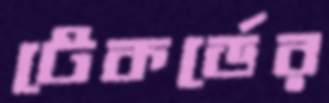
টেকর্ডের